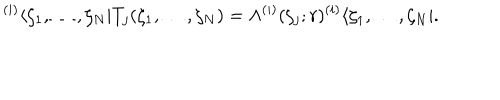
{ } ^ { ( i ) } \langle \zeta _ { 1 } , \ldots , \zeta _ { N } | T _ { j } ( \zeta _ { 1 } , \ldots , \zeta _ { N } ) = \Lambda ^ { ( i ) } ( \zeta _ { j } ; r ) { } ^ { ( i ) } \langle \zeta _ { 1 } , \ldots , \zeta _ { N } | .